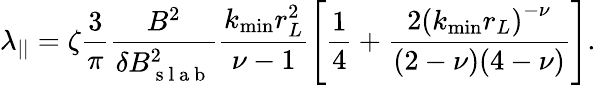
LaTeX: \lambda_{||}=\zeta\frac{3}{\pi}\frac{B^{2}}{\delta B_{\mathrm{~s~l~a~b~}}^{2}}\frac{k_{\operatorname*{min}}r_{L}^{2}}{\nu-1}\left[\frac{1}{4}+\frac{2\left(k_{\operatorname*{min}}r_{L}\right)^{-\nu}}{(2-\nu)(4-\nu)}\right].